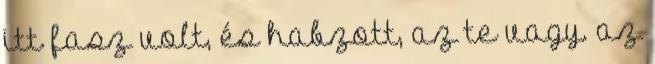
itt fasz volt, és habzott, az te vagy. az